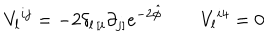
LaTeX: V _ { l } { } ^ { i j } = - 2 \delta _ { l \, [ i } \partial _ { j ] } e ^ { - 2 \hat { \phi } } \qquad V _ { l } { } ^ { i 4 } = 0